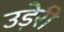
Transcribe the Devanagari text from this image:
उड़ेरी